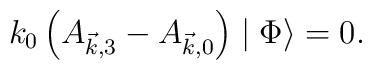
k_0\left(A_{\vec{k},3}-A_{\vec{k},0}\right) \mid \Phi \rangle =0.